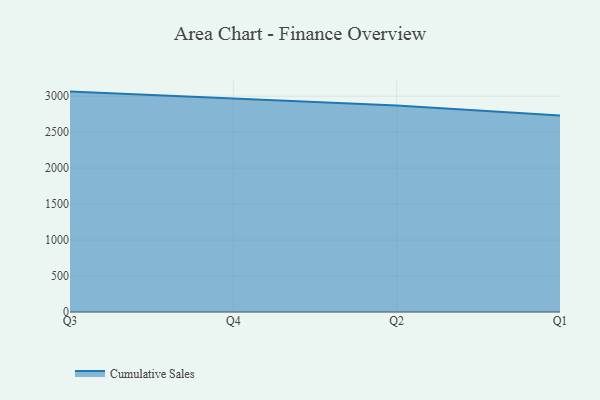
{"axis": {"x": "Quarter", "y": "Market Share (%)"}, "legend": ["Cumulative Sales"], "data": [{"x": "Q3", "y": 3064.1, "type": "Cumulative Sales"}, {"x": "Q4", "y": 2970.5, "type": "Cumulative Sales"}, {"x": "Q2", "y": 2869.8, "type": "Cumulative Sales"}, {"x": "Q1", "y": 2732.3, "type": "Cumulative Sales"}]}